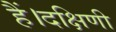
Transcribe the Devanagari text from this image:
हैं।दक्षिणी